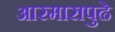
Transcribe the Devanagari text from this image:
आरमारापुढे